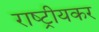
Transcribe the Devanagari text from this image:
राष्ट्रीयकर